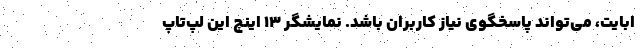
ابایت، می‌تواند پاسخگوی نیاز کاربران باشد. نمایشگر 13 اینچ این لپ‌تاپ